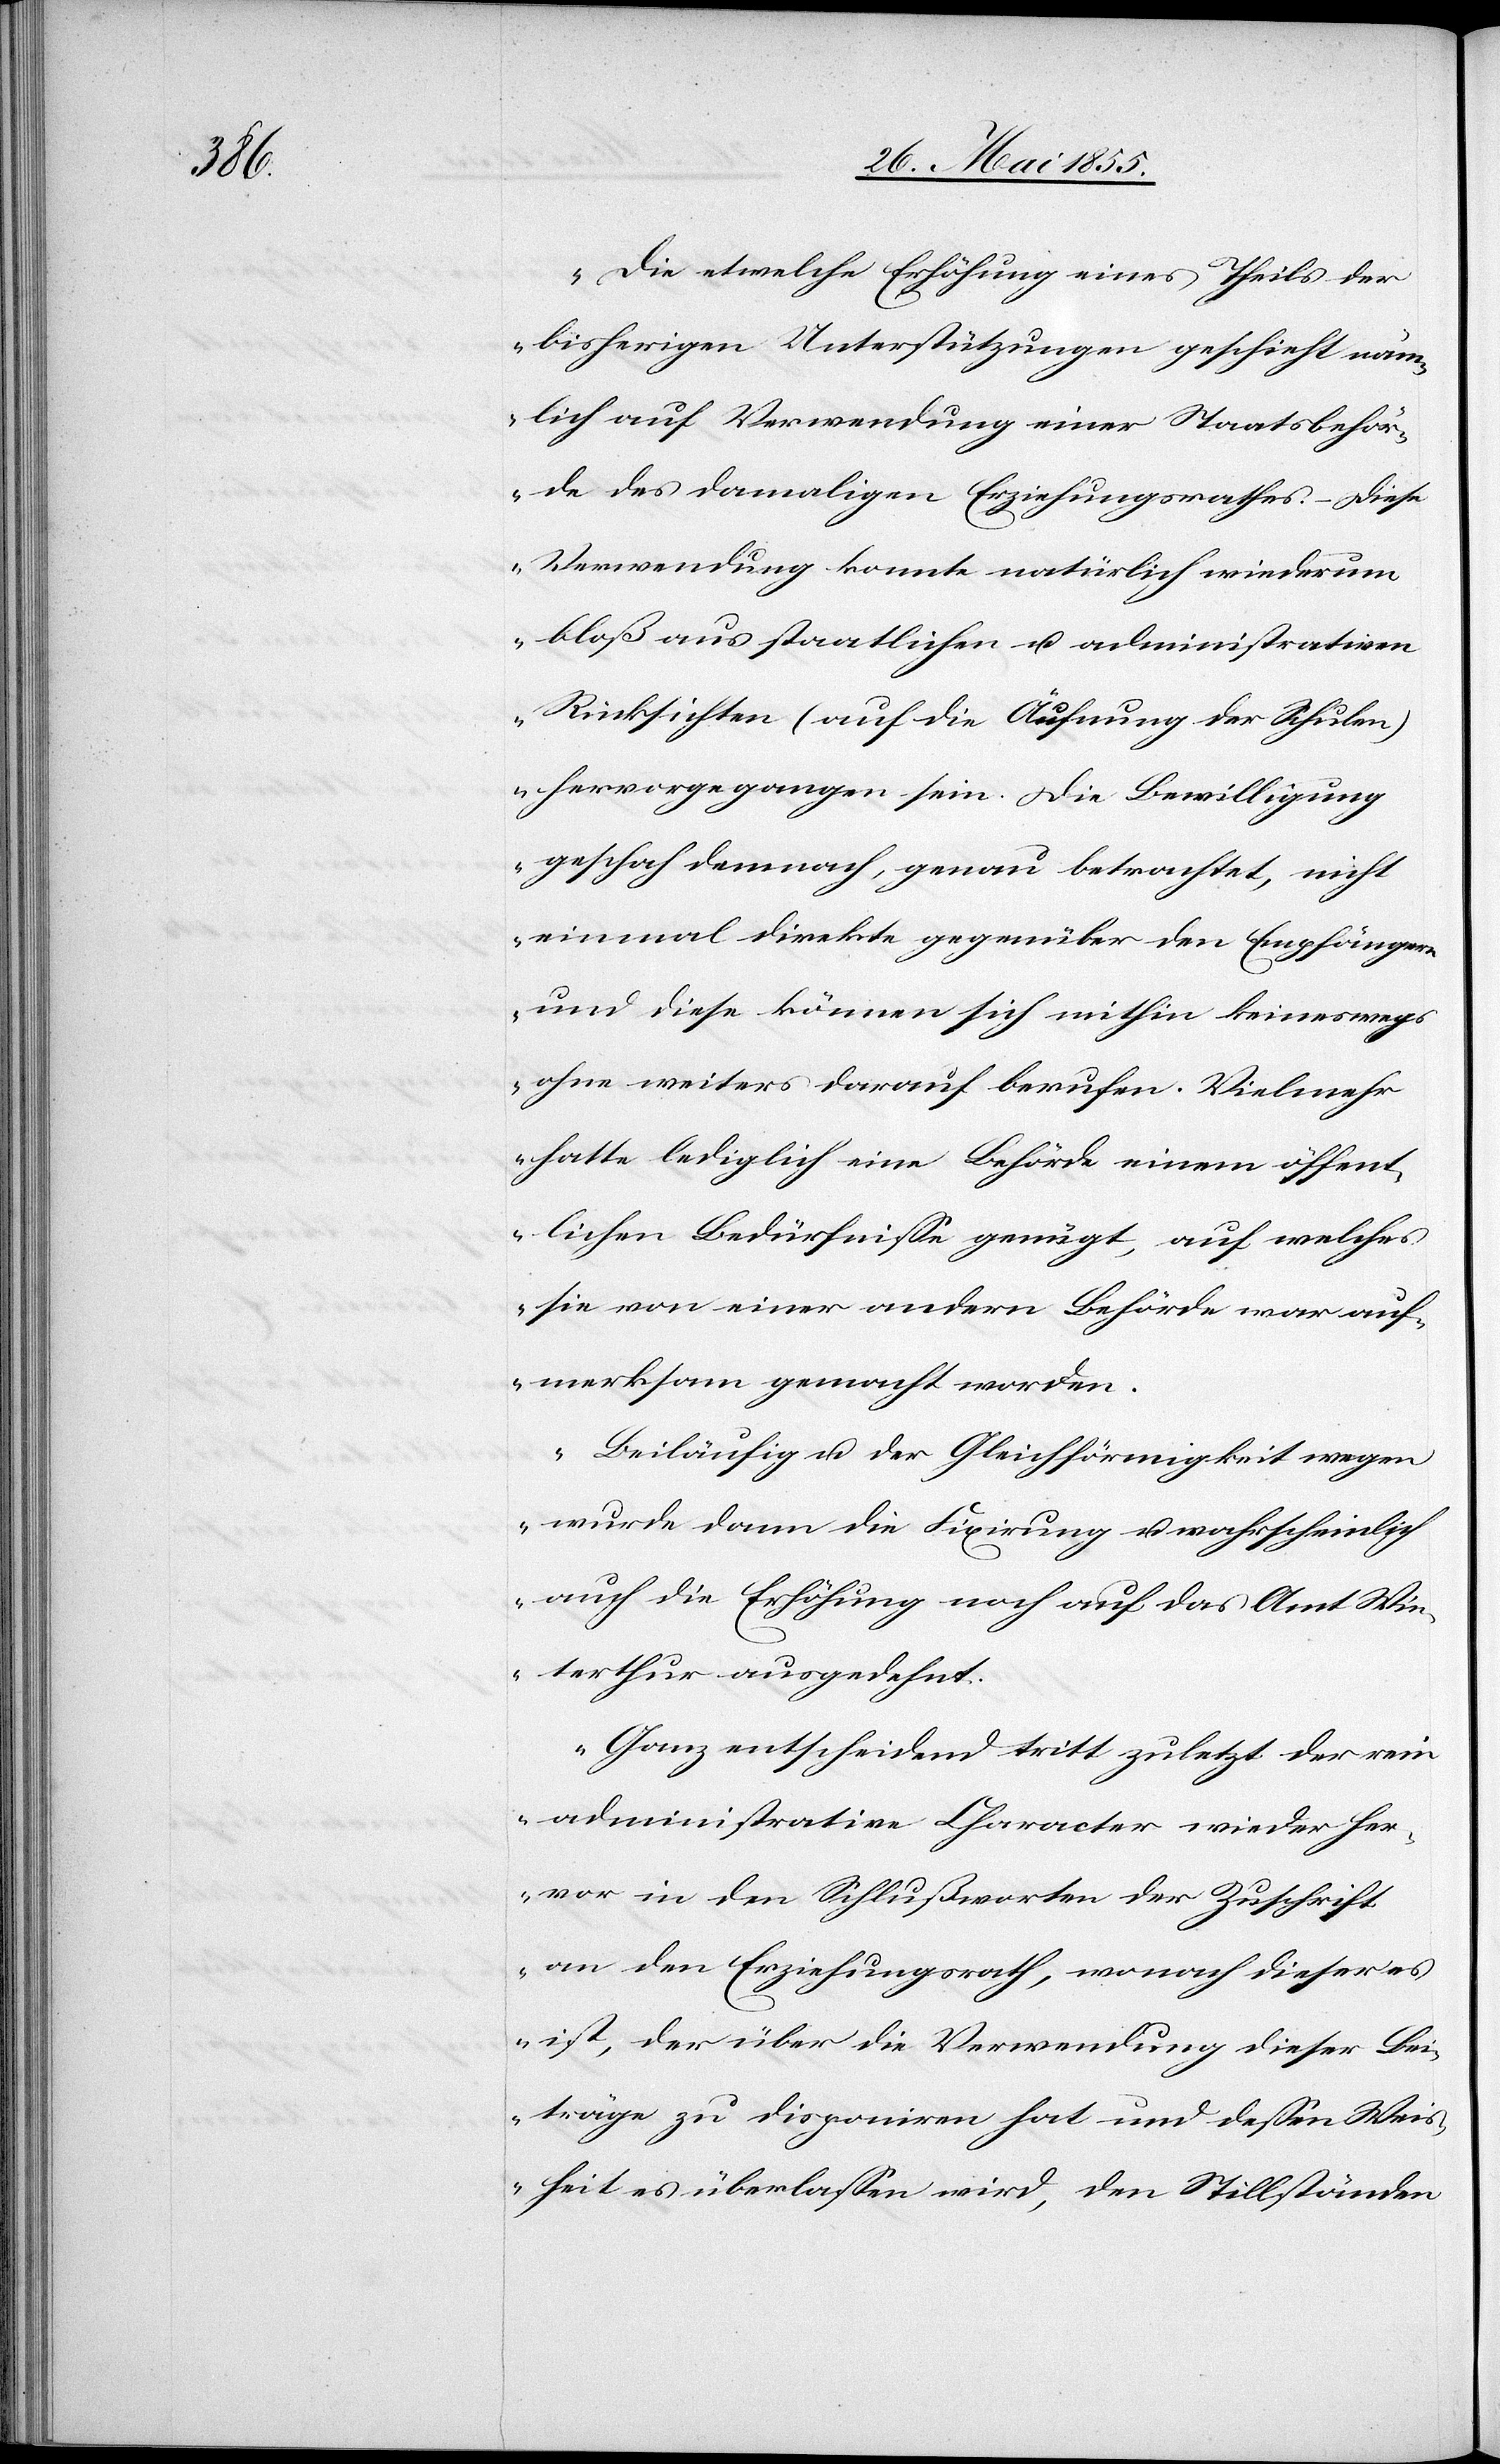
Die etwelche Erhöhung eines Theils der
bisherigen Unterstützungen geschieht näm¬
lich auf Verwendung einer Staatsbehör¬
de des damaligen Erziehungsrathes. – Diese
Verwendung konnte natürlich wiederum
bloß aus staatlichen u. administrativen
Rücksichten (auf die Äufnung der Schulen)
hervorgegangen sein. Die Bewilligung
geschah demnach, genau betrachtet, nicht
einmal direkte gegenüber den Empfängern
und diese können sich mithin keineswegs
ohne weiters darauf berufen. Vielmehr
hatte lediglich eine Behörde einem öffent¬
lichen Bedürfnisse genügt, auf welches
sie von einer andern Behörde war auf¬
merksam gemacht worden.
Beiläufig u. der Gleichförmigkeit wegen
wurde dann die Fixirung u. wahrscheinlich
auch die Erhöhung noch auf das Amt Wi¬
nterthur ausgedehnt.
Ganz entscheidend tritt zuletzt der rein
administrative Character wieder her¬
vor in den Schlußworten der Zuschrift
an den Erziehungsrath, wonach dieser es
ist, der über die Verwendung dieser Bei¬
träge zu disponiren hat und dessen Weis¬
heit es überlassen wird, den Stillständen